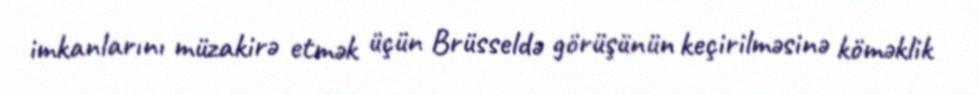
imkanlarını müzakirə etmək üçün Brüsseldə görüşünün keçirilməsinə köməklik